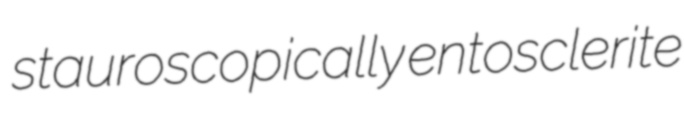
stauroscopically entosclerite